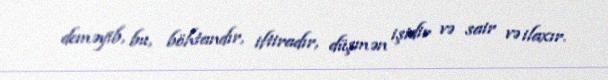
deməyib, bu, böhtandır, iftiradır, düşmən işidir və sair və ilaxır.